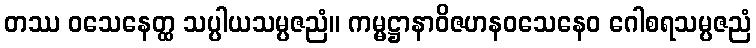
တဿ ဝသေနေတ္ထ သပ္ပါယသမ္ပဇညံ။ ကမ္မဋ္ဌာနာဝိဇဟနဝသေနေဝ ဂေါစရသမ္ပဇညံ